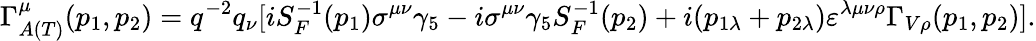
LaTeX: \Gamma_{A(T)}^{\mu}(p_{1},p_{2})=q^{-2}q_{\nu}[iS_{F}^{-1}(p_{1})\sigma^{\mu\nu}\gamma_{5}-i\sigma^{\mu\nu}\gamma_{5}S_{F}^{-1}(p_{2})+i(p_{1\lambda}+p_{2\lambda})\varepsilon^{\lambda\mu\nu\rho}\Gamma_{V\rho}(p_{1},p_{2})].